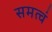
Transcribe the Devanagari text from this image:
समत्वं